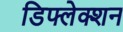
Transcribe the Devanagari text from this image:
डिफ्लेक्शन